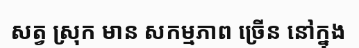
សត្វ ស្រុក មាន សកម្មភាព ច្រើន នៅក្នុង